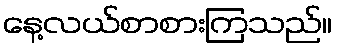
နေ့လယ်စာစားကြသည်။